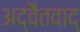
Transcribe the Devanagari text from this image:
अद्वैतवाद्